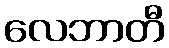
လေဘာတီ